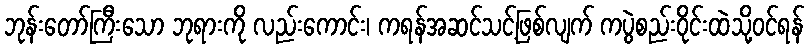
ဘုန်းတော်ကြီးသော ဘုရားကို လည်းကောင်း၊ ကရန်အဆင်သင့်ဖြစ်လျက် ကပွဲစည်းဝိုင်းထဲသို့ဝင်ရန်